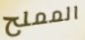
المملح